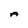
Character: A